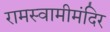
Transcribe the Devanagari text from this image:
रामस्वामीमंदिर